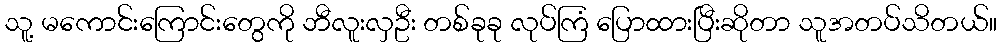
သူ့ မကောင်းကြောင်းတွေကို ဘီလူးလှဦး တစ်ခုခု လုပ်ကြံ ပြောထားပြီးဆိုတာ သူအတပ်သိတယ်။